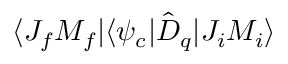
\langle J _ { f } M _ { f } | \langle \psi _ { c } | \hat { D } _ { q } | J _ { i } M _ { i } \rangle